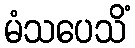
မံသပေသိံ